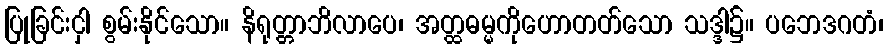
ပြုခြင်းငှါ စွမ်းနိုင်သော။ နိရုတ္တာဘိလာပေ၊ အတ္ထဓမ္မကိုဟောတတ်သော သဒ္ဒါ၌။ ပဘေဒဂတံ၊